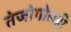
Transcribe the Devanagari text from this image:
तेजोगोलही